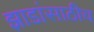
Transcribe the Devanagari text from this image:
झाडांसाठीच